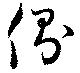
側